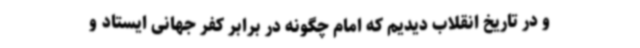
و در تاریخ انقلاب دیدیم که امام چگونه در برابر کفر جهانی ایستاد و